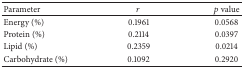
<table><thead><tr><td><b>Parameter</b></td><td><b><i>r</i></b></td><td><b><i>p</i> value</b></td></tr></thead><tbody><tr><td>Energy (%)</td><td>0.1961</td><td>0.0568</td></tr><tr><td>Protein (%)</td><td>0.2114</td><td>0.0397</td></tr><tr><td>Lipid (%)</td><td>0.2359</td><td>0.0214</td></tr><tr><td>Carbohydrate (%)</td><td>0.1092</td><td>0.2920</td></tr></tbody></table>